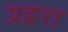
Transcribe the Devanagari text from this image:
प्रहरा